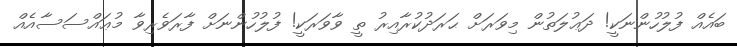
ބައެއް ފުލުހުންނަކީ! ދަޢުލަތުން މިވަރަށް ޙަރަދުކުރާއިރު ތީ ވާވަރަކީ! ފުލުހުންނަށް ފާރަވެރިވާ މުޢައްސަސާއެއް